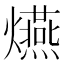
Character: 𤒈